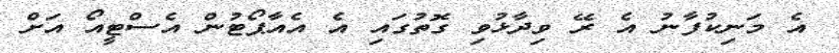
އެ މަނިކުފާނު އެ ރޭ ވިދާޅުވި ގޮތުގައި އެ އެއާޕޯޓުން އެސްޓީއޯ އަށް